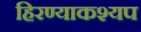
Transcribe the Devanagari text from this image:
हिरण्याकश्यप